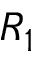
R _ { 1 }